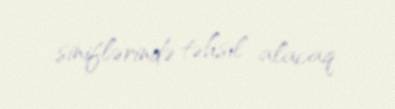
siniflərində təhsil alacaq.